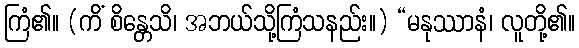
ကြံ၏။ (ကိံ စိန္တေသိ၊ အဘယ်သို့ကြံသနည်း။) “မနုဿာနံ၊ လူတို့၏။